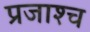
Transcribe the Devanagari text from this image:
प्रजाश्‍च